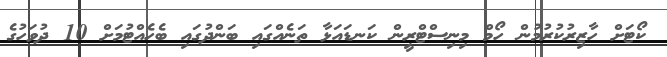
ކޯޓަށް ހާޒިރުކުރުމުން ހޯމް މިނިސްޓްރީން ކަނޑައަޅާ ތަނެއްގައި ބަންދުގައި ބެހެއްޓުމަށް 10 ދުވަހުގެ